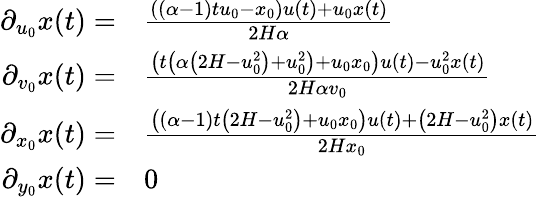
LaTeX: \begin{array}{rl}{\partial_{u_{0}}x(t)=}&{\frac{((\alpha-1)tu_{0}-x_{0})u(t)+u_{0}x(t)}{2H\alpha}}\\ {\partial_{v_{0}}x(t)=}&{\frac{\left(t\left(\alpha\left(2H-u_{0}^{2}\right)+u_{0}^{2}\right)+u_{0}x_{0}\right)u(t)-u_{0}^{2}x(t)}{2H\alpha v_{0}}}\\ {\partial_{x_{0}}x(t)=}&{\frac{\left((\alpha-1)t\left(2H-u_{0}^{2}\right)+u_{0}x_{0}\right)u(t)+\left(2H-u_{0}^{2}\right)x(t)}{2Hx_{0}}}\\ {\partial_{y_{0}}x(t)=}&{0}\end{array}